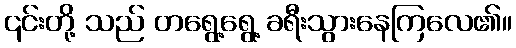
၎င်းတို့ သည် တရွေ့ရွေ့ ခရီးသွားနေကြလေ၏။